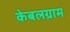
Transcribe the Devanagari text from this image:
केबलग्राम